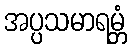
အပ္ပသမာရမ္ဘံ